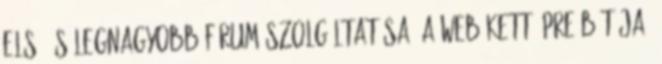
első és legnagyobb fórum szolgáltatása. A web kettő pre-bétája,